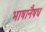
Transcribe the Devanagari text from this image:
भाषानैषध